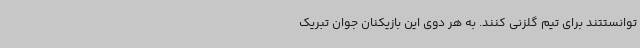
توانستتند برای تیم گلزنی کنند. به هر دوی این بازیکنان جوان تبریک